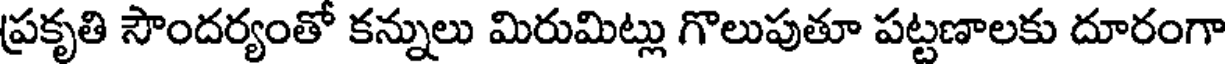
ప్రకృతి సౌందర్యంతో కన్నులు మిరుమిట్లు గొలుపుతూ పట్టణాలకు దూరంగా